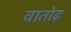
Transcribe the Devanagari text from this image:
वातोढ़